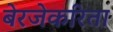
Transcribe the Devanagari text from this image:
बेरजेकरिता